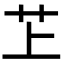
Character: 䒙